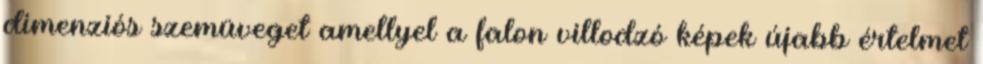
dimenziós szemüveget amellyel a falon villodzó képek újabb értelmet